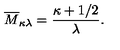
\overline { { M } } _ { \kappa \lambda } = \frac { \kappa + 1 / 2 } { \lambda } .